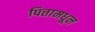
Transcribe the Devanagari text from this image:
पित्तामधून